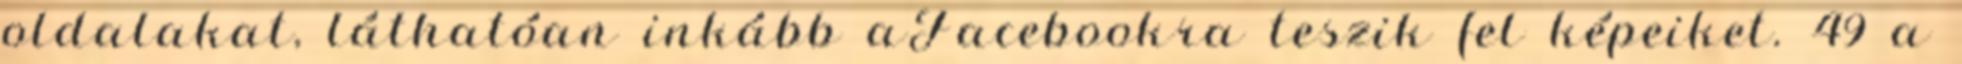
oldalakat, láthatóan inkább aFacebookra teszik fel képeiket. 49 a